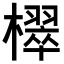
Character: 𣝦